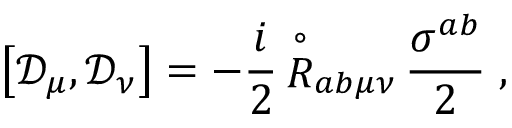
\left[ { \mathcal D } _ { \mu } , { \mathcal D } _ { \nu } \right] = - \frac { i } { 2 } \, { \stackrel { \circ } { R } } { } _ { a b \mu \nu } \, \frac { \sigma ^ { a b } } { 2 } \; ,